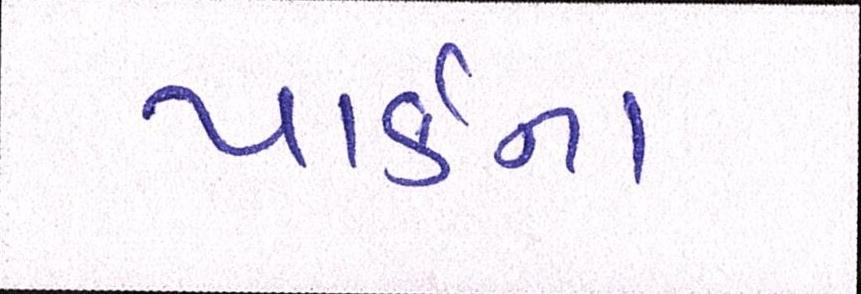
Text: પાર્કના